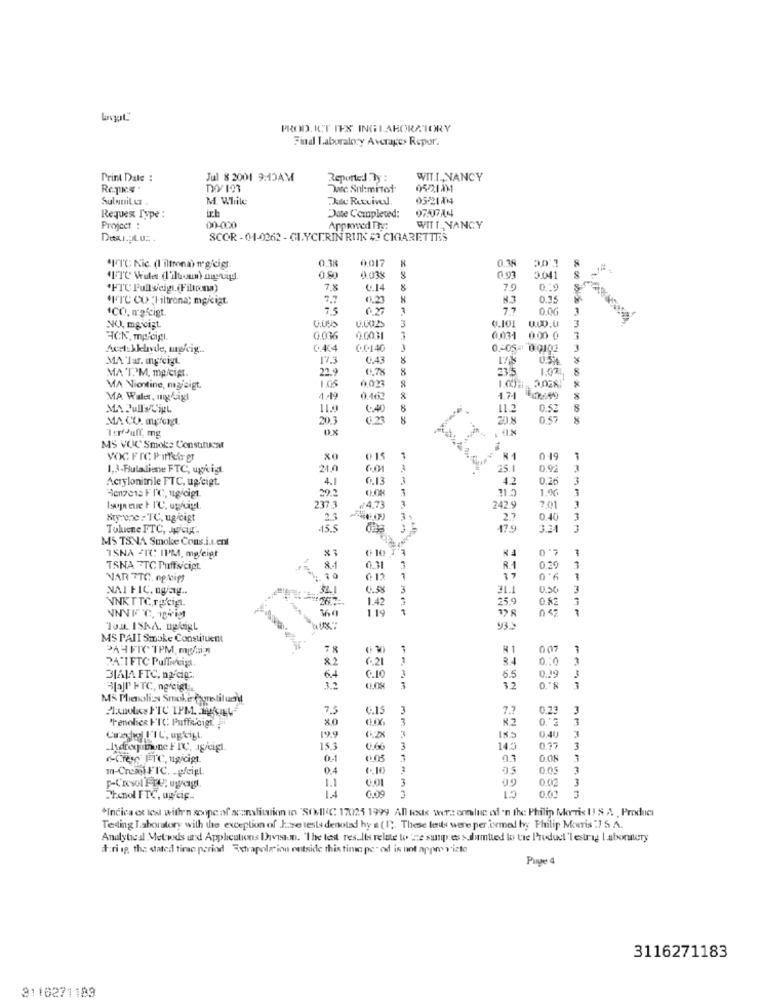
PROD. ICT IES INGLABORATORY
Find Laboratory Averages Repor.
Print Date :
Jul 8 2001 9:15AM
Reported By :
WIT.T ., NANCY
Dec. Sul:mitot.
05221111
Sulnuit Lt
M. While
Due Rutvivel
0521014
ich
Requex Type :
Date Completed:
Project :
00-000
Apprwed The:
WITT_ NANCY
SCOR - 01-0262 - GLYCERIN RUNK # CIGARETTES
0.38
0.017
0.38
30 1
"IT℃ Nic. (I'iltrona) ur gicigt.
0.80
0.038
0.03
3.041
"HTC Full sieigt (Filtrona)
7.8
0.14
8
0.19
"I"IC CO "Filtrona; mg/cigt
N.3
0.35
1CO. mafcigt.
77
0.0G
1
3
0.101
0.00.0
3
NO, mgrcigt
0.002
HCK, mocigl
0.036
0.003
0.031
0.00 0
Acel:kkelavde, mpkig ..
0.4.4
C.C.140
1
0 .- 05-1 0:0102
MA Tar. ungicigt
17.3
C.43
22.9
0.7%
8
23.5
1.07
8
MAT.'M, mp/cipt.
1.05
002
8
2.028
MA Niontine, magiaigt.
1.00
MA Waler, my sigt
4.49
0.462
1.74
MA PulIs CipL
11.2
0.52
8
MA CO. myforgt
20.3
1 22
20 8
0.57
MS VOC Smoke Constitucat
VOC FIC P INkis Er
@15
R1
0 19
1,3-Butadiene FTC, ugrcia.
25.1
0.92
Acrylonitrile FTC, ug'cigt.
4.1
42
0.26
20.2
3
1.00
Benzeis FIC, ug/digt
237 3
₩4,73
242.9
2.01
Nrprone = TC, ugicigt
2
3
2.7
0.40
Toluene FTC, JwCig.
-15.5
17.9
3.31
-
MS TSNA Smoke Cons.i.L.ent
1.0
010 T'3
ISNA FIC: IPM, mgfeigt
TSNA FTC Puffs/cipt
8-1
0.3
3
R.1
0.39
9.0
VAR TTG. opteipt
NAI FIC, ogang ..
34.1
3
U.S.
3
1.42
25.9
0.82
NNKTTC,rgCE
1
Tox ISKA. ngligL
93.4
MS PAII Smoke Constituent
PA4FIC TPM, mgSig
78
1
R1
007
PATI FTC Puffiveig
82
6.21
84
BIALA FTC, nodig:
64
0.10
5.5
0.19
8. 0
Blall" FTC, ngreigt
32
1.2
---
MS Phenolis Smoke Constituent
7.5
C.15
3
7.7
0.2
"Fenolice FIC; Puffs/cigt
8.0
3
0."2
3
3
0.40
Cashe FIC, ugtigt.
199
0.2%
185
15.3
0.60
3
14.5
0,77
3
0-1
0.3
3
In-Crea FTC. . pfeigt
0.4
1
1.1
3
3
1.4
Phenol FTC, un'cip ..
0.00
3
*Indica et les with'n scope of scanslitation in "SONIC 17025 1999 All teske wers ereluc of 'n the Philip Morris I! & A , Product
Testing Laboratory with the exception of Jase tests denoted hy a (1). These les were performed by Philip Morris :7 S. A.
Analytical Metwds und Applications Ihavean. "The test results relate to 'ne susp.es >dumtied lo tre Product 'lestrag Laboralery
a:ri ip, the stated timo period Extrapole inn outside this time pe" od is not appre vizto
Page 4
3116271183
3110271183